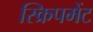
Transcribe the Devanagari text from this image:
स्क्रिपमेंट